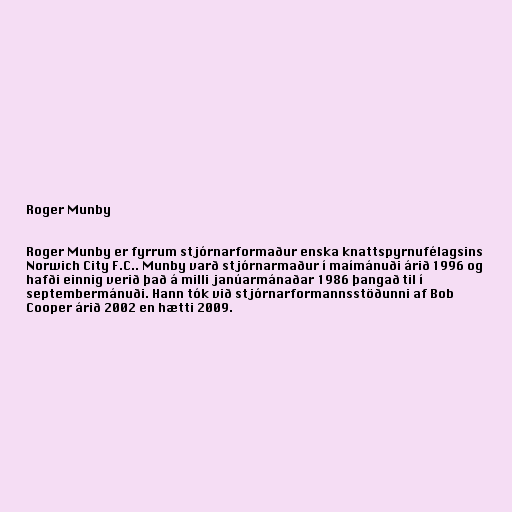
Roger Munby

Roger Munby er fyrrum stjórnarformaður enska knattspyrnufélagsins
Norwich City F.C.. Munby varð stjórnarmaður í maímánuði árið 1996 og
hafði einnig verið það á milli janúarmánaðar 1986 þangað til í
septembermánuði. Hann tók við stjórnarformannsstöðunni af Bob
Cooper árið 2002 en hætti 2009.